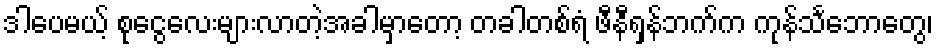
ဒါပေမယ့် စုငွေလေးများလာတဲ့အခါမှာတော့ တခါတစ်ရံ ဖီနီရှန်ဘက်က ကုန်သင်္ဘောတွေ၊